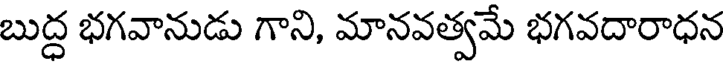
బుద్ధ భగవానుడు గాని, మానవత్వమే భగవదారాధన